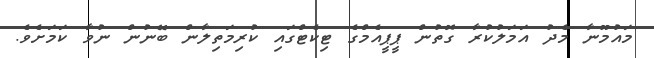
މައުމޫނާ މެދު އަމަލުކުރާ ގޮތުން ޕީޕީއެމްގެ ޓިކެޓްގައި ކުރިމަތިލާން ބޭނުން ނުވާ ކަމަށެވެ.